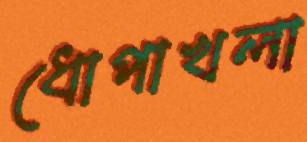
ধোপাখলা